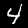
Label: 4